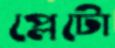
প্লেটো